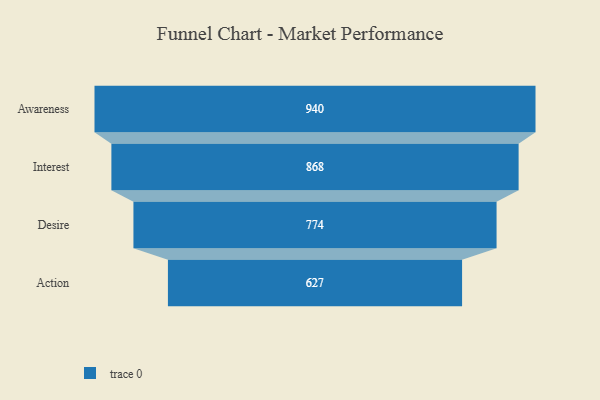
{"axis": {"x": "Stage", "y": "Value"}, "legend": [""], "data": [{"x": "Awareness", "y": 940.0, "type": ""}, {"x": "Interest", "y": 868.0, "type": ""}, {"x": "Desire", "y": 774.0, "type": ""}, {"x": "Action", "y": 627.0, "type": ""}]}